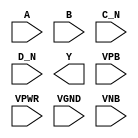
module sky130_fd_sc_hdll__nor4bb (
    //# {{data|Data Signals}}
    input  A   ,
    input  B   ,
    input  C_N ,
    input  D_N ,
    output Y   ,

    //# {{power|Power}}
    input  VPB ,
    input  VPWR,
    input  VGND,
    input  VNB
);
endmodule